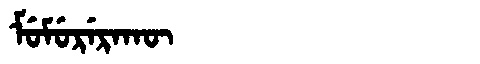
Manchu: ᠮᡠᠮᡠᡵᡝᡵᠠᡴᡡ
Romanization: MUMURERAKŪ